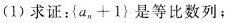
(1) 求证：$${ a _ { n } + 1 }$$ 是等比数列；